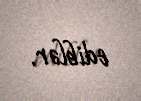
ediblər.